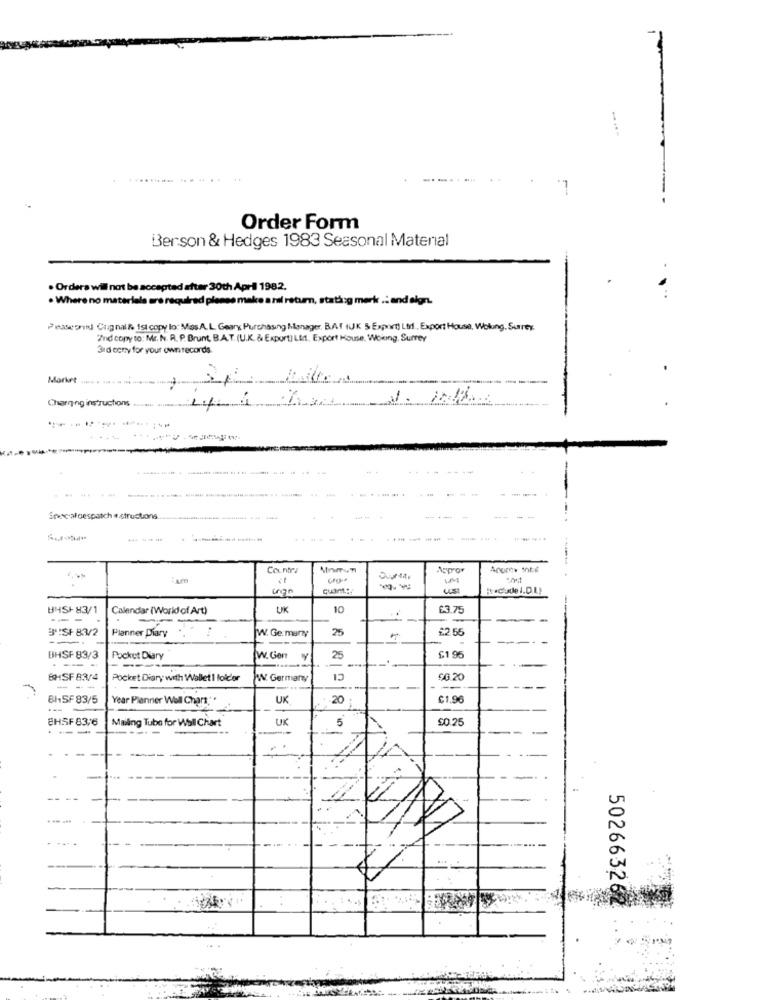
-
Order Form
Berson & Hedges 1983 Seasonal Material
· Ordera will not be accepted after 30th April 1982.
. Where no materials are required please make a nil return, stating merk .: and elgrt.
Peasworied Cugnalhe Ist copy lo: Mas.A.L. Geary Purchasing Manager, BAT IUK 5 Export) Ltd. Export House, Wolung, Surrey.
2nd copy to: Mr. N. R. P. Brunt, B.A.T. (U.K. & Export] Lit. Export House, Woing, Surrey
3rd ceny for your ownrecords.
Market
Charging instructions
-
-----
-
Specialdespatch & structions
----
Country
Aspor
--
tackade I.D.L)
BHS+83/1
Calendar (World of Art)
UK
10
£3.75
---
3ª:SF83/2
Planner Diary
25
£2.55
W. Ge many
BHSF 83/3
--
Pocket Diary
W. Gen
25
£1 95
@HSF 83/4
Pocket Diary with Wallet 1 folder
W. Germany
£6 20
--
8h15F 83/5
Year Planner Wall Chars:"
UK
20
$1,90
@HSF83,6
Mailing Tube for Well Chart
UK
5
$0.25
---
-- --
.....
-
5026632